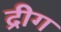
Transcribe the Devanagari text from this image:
द्रीग